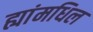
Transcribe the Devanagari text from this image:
ह्यांमधिल